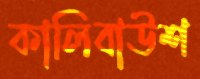
কালিবাউশ